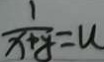
\frac { 1 } { x + y } = u